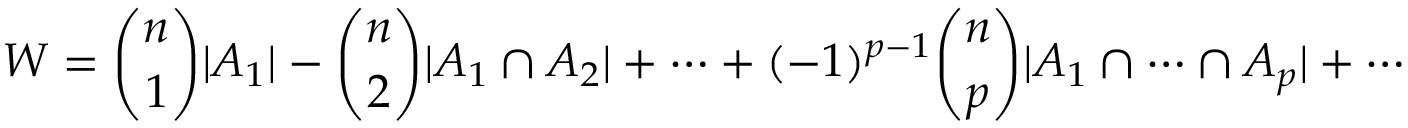
W = { \binom { n } { 1 } } | A _ { 1 } | - { \binom { n } { 2 } } | A _ { 1 } \cap A _ { 2 } | + \cdots + ( - 1 ) ^ { p - 1 } { \binom { n } { p } } | A _ { 1 } \cap \cdots \cap A _ { p } | + \cdots